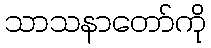
သာသနာတော်ကို